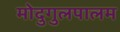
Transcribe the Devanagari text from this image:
मोदुगुलपालम